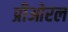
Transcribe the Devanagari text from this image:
प्रीओरल